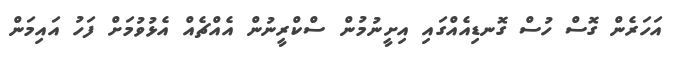
އަހަރެން ގޮސް ހުސް ގޮނޑިއެއްގައި އިށީނުމުން ސްކްރީނުން އެއްޗެއް އެޅުވުމަށް ފަހު އައިމަން